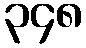
၃၄၈